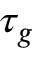
\tau _ { g }